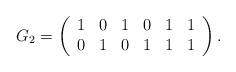
\begin{align*} G_2= \left( \begin{array}{cccccc} 1 & 0 & 1 & 0 & 1 & 1\\ 0 & 1 & 0 & 1 & 1 & 1\\ \end{array} \right). \end{align*}